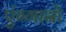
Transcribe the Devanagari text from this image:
एंग्गानो